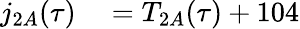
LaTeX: \begin{array}{rl}{j_{2A}(\tau)}&{{}=T_{2A}(\tau)+104}\end{array}